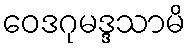
ဝေဒဂုမဒ္ဒသာမိ